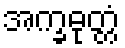
အက္ခဓုတ္တံ